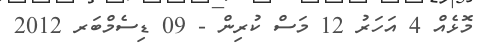
މޮޅެއް 4 އަހަރު 12 މަސް ކުރިން - 09 ޑިސެމްބަރ 2012